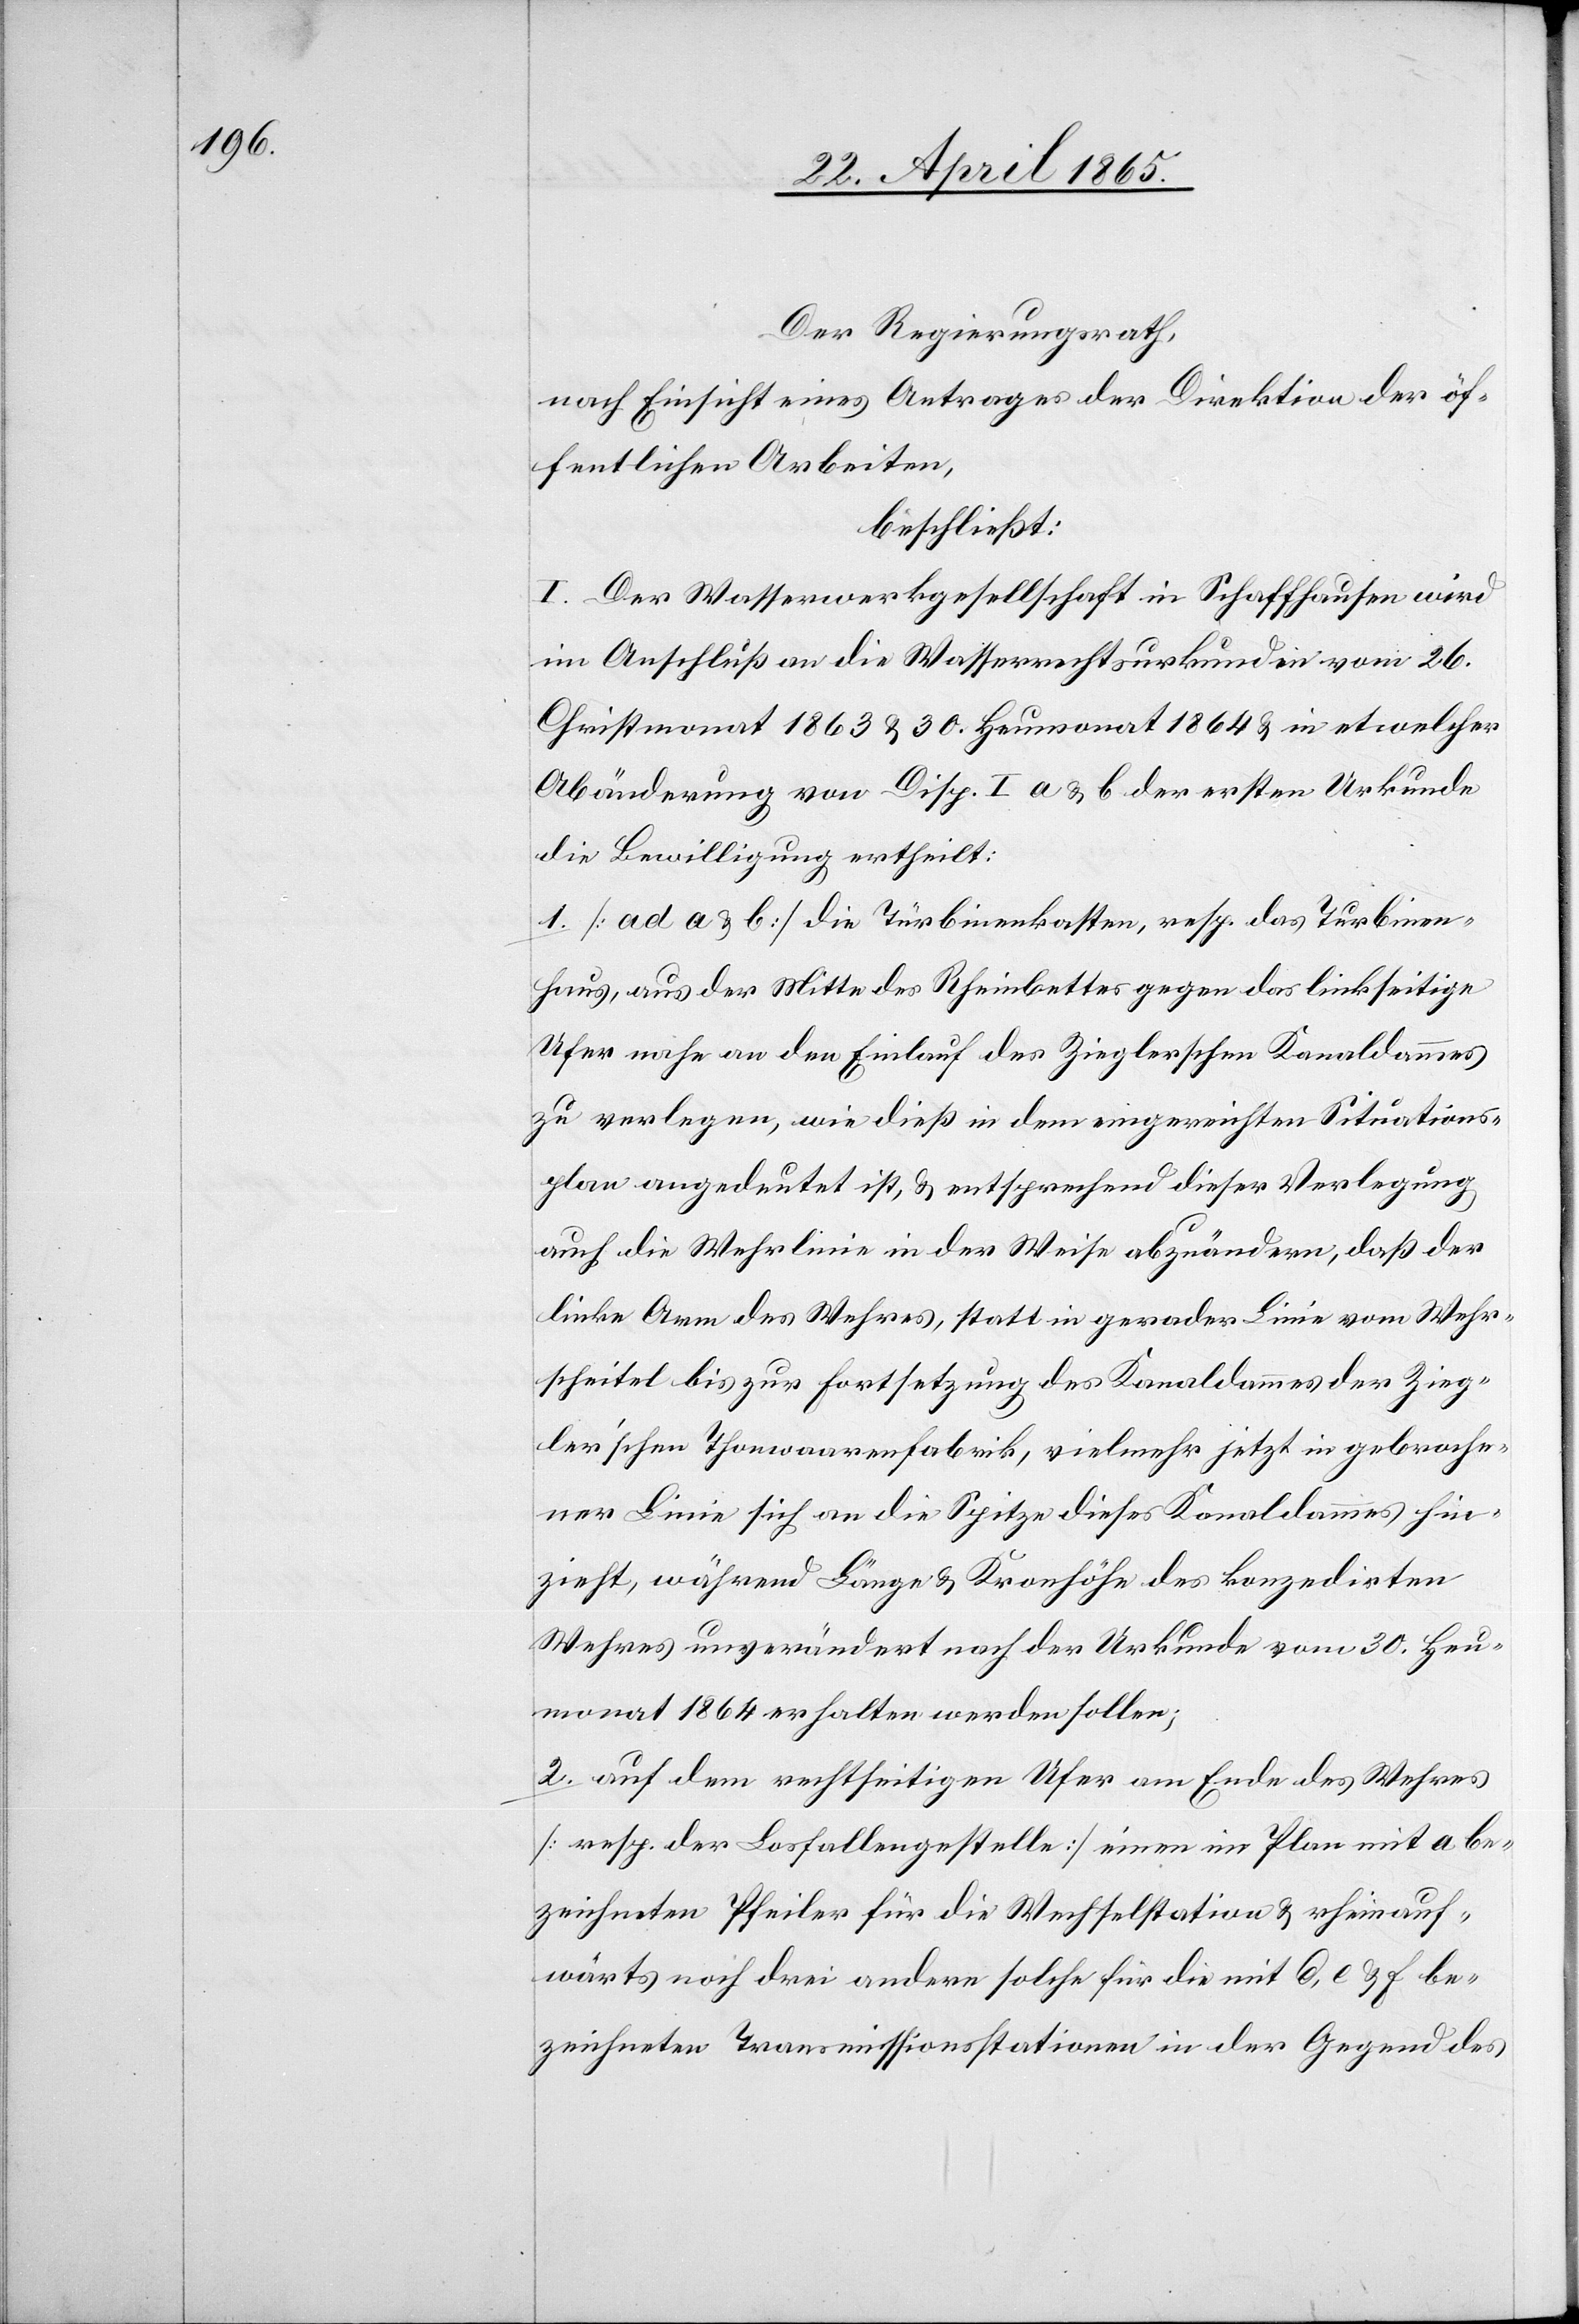
Der Regierungsrath,
nach Einsicht eines Antrages der Direktion der öf¬
fentlichen Arbeiten,
beschließt:
I. Der Wasserwerkgesellschaft in Schaffhausen wird
im Anschluß an die Wasserrechtsurkunden vom 26.
Christmonat 1863 & 30. Heumonat 1864 & in etwelcher
Abänderung von Disp. I a & b der ersten Urkunde
die Bewilligung ertheilt:
1. [ad a & b] Die Türbinenkasten, resp. das Turbinen¬
haus, aus der Mitte des Rheinbettes gegen das linkseitige
Ufer nahe an den Einlauf des Zieglerschen Kanaldammes
zu verlegen, wie dieß in dem eingereichten Situations¬
plan angedeutet ist, & entsprechend dieser Verlegung
auch die Wehrlinie in der Weise abzuändern, daß der
linke Arm des Wehres, statt in gerader Linie vom Wehr¬
scheitel bis zur Fortsetzung des Kanaldammes der Zieg¬
ler’schen Thonwaarenfabrik, vielmehr jetzt in gebroche¬
ner Linie sich an die Spitze dieses Kanaldammes hin¬
zieht, während Länge & Kronhöhe des konzedirten
Wehres unverändert nach der Urkunde vom 30. Heu¬
monat 1864 erhalten werden sollen;
2. auf dem rechtseitigen Ufer am Ende des Wehres
[resp. der Losfallengestelle] einen im Plan mit a be¬
zeichneten Pfeiler für die Wechselstation & rheinauf¬
wärts noch drei andere solche für die mit d, e & f be¬
zeichneten Transmissionsstationen in der Gegend des